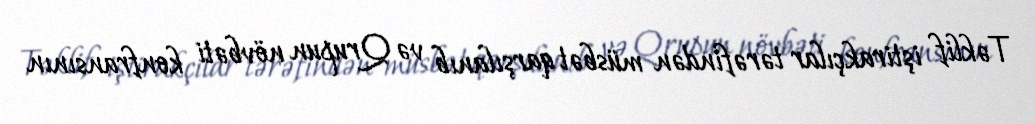
Təklif iştirakçılar tərəfindən müsbət qarşılanıb və Qrupun növbəti konfransının